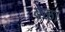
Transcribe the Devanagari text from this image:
वळा